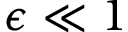
\epsilon \ll 1